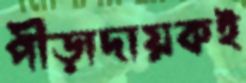
পীড়াদায়কই